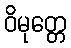
ဝိမုတ္တေ